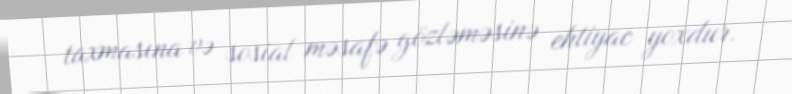
taxmasına və sosial məsafə gözləməsinə ehtiyac yoxdur.